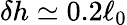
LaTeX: \delta h\simeq 0.2\ell_{0}